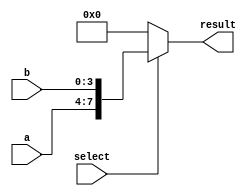
module vector_continuous_assignment (
    input wire [3:0] a,         // 4-bit input signal a
    input wire [3:0] b,         // 4-bit input signal b
    input wire select,          // Selection signal to determine assignment
    output reg [7:0] result     // 8-bit output vector signal
);

// Continuous assignment based on the select signal
always @(*) begin
    if (select) begin
        // If select is high, concatenate input a and b
        result = {a, b};        // Concatenation of a and b (4 bits each, total 8 bits)
    end else begin
        // If select is low, assign a zero vector
        result = 8'b00000000;   // Assign a zero vector as default
    end
end

endmodule